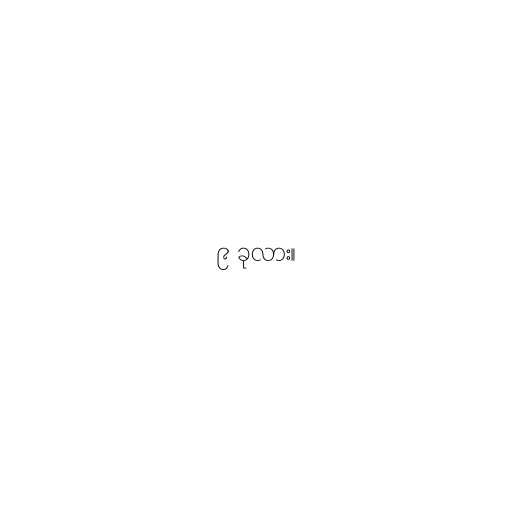
၉ ခုလား။